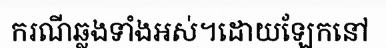
ករណីឆ្លងទាំងអស់។ដោយឡែកនៅ